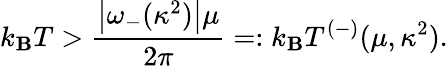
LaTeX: k_{\mathbf{B}}T>\frac{{\left|\omega_{-}(\kappa^{2})\right|\mu}}{{2\pi}}=:k_{\mathbf{B}}T^{(-)}(\mu,\kappa^{2}).